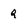
Character: q